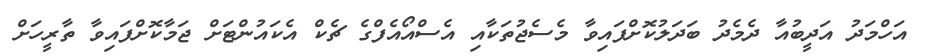
އަހްމަދު އަދީބުއާ ދެމެދު ބަދަލުކޮށްފައިވާ މެސެޖުތަކާއި އެސްއޯއެފްގެ ޗެކް އެކައުންޓަށް ޖަމާކޮށްފައިވާ ތާރީހަށް